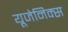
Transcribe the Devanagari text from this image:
यूजेनिक्स